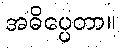
အဓိပ္ပေတာ။